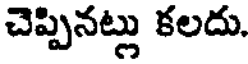
చెప్పినట్లు కలదు.